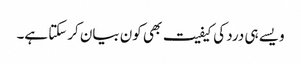
ویسے ہی درد کی کیفیت بھی کون بیان کرسکتا ہے۔